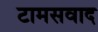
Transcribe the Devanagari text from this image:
टामसवाद